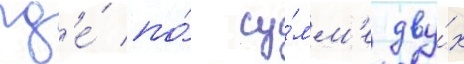
гд'е́ по́ су́мм'е дву́х